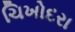
ચિખોદરા